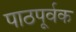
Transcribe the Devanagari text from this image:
पाठपूर्वक